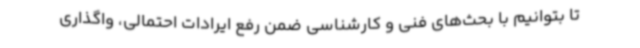
تا بتوانیم با بحث‌های فنی و کارشناسی ضمن رفع ایرادات احتمالی، واگذاری